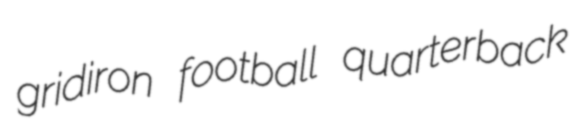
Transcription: gridiron football quarterback